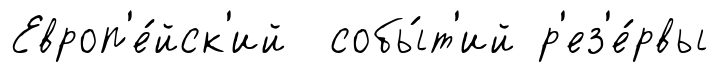
Европ'е́йск'ий собы́т'ий р'ез'е́рвы